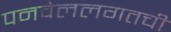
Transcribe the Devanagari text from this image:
पनवेललगतची